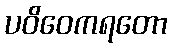
ပဝိဝေကရတော